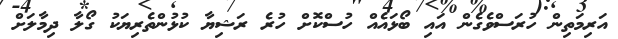
އަރިމަތިން ހުރަސްވެގެން އައި ބޯޅައެއް ހުސްކޮށް ހުރެ ރަޝިޔާ ކުޅުންތެރިޔަކު ގޯލާ ދިމާލަށް